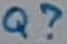
Text: Q?